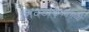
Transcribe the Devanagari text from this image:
निवडणिकांमध्ये